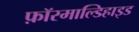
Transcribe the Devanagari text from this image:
फ़ॉरमाल्डिहाइड